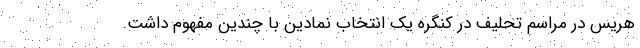
هریس در مراسم تحلیف در کنگره یک انتخاب نمادین با چندین مفهوم داشت.